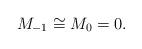
LaTeX: \begin{align*} M_{-1} \cong M_0 = 0. \end{align*}